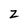
Character: Z